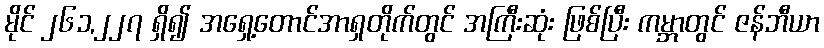
မိုင် ၂၆၁,၂၂၇ ရှိ၍ အရှေ့တောင်အာရှတိုက်တွင် အကြီးဆုံး ဖြစ်ပြီး ကမ္ဘာတွင် ဇန်ဘီယာ